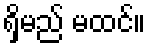
ရှိမည် မထင်။